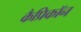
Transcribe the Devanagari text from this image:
कैप्रिकॉन